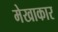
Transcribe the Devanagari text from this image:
मेखाकार